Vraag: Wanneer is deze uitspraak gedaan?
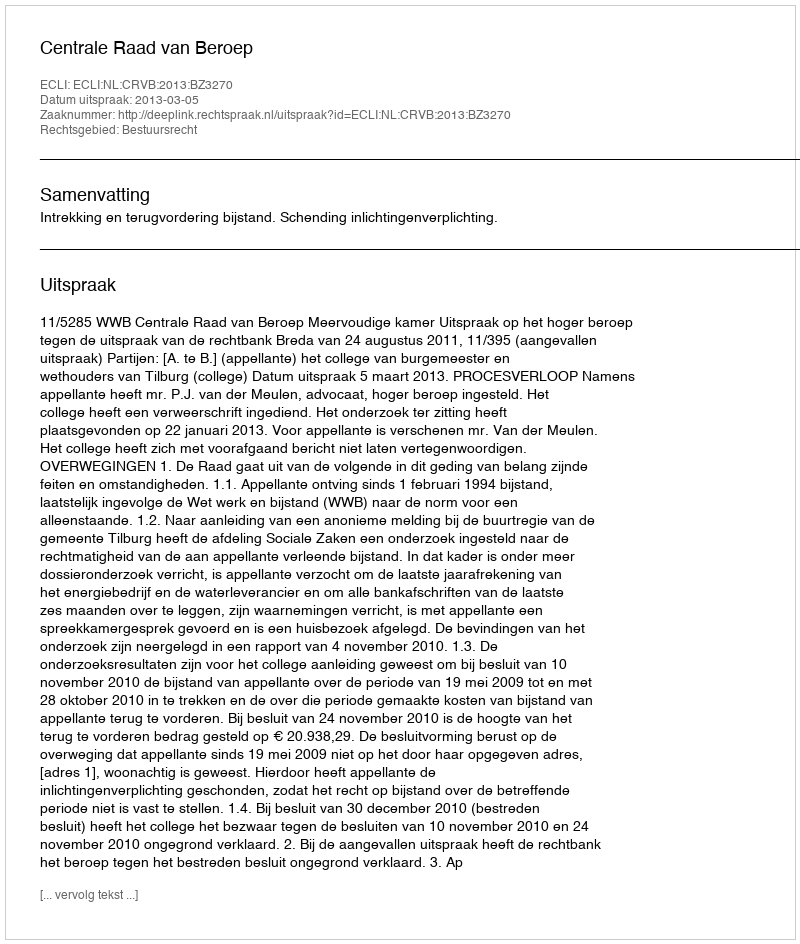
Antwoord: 2013-03-05